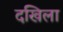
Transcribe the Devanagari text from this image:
दखिला